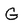
Character: G